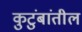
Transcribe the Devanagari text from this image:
कुटुंबांतील